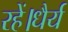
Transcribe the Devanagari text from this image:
रहें।धैर्य